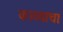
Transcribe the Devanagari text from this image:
काव्याचाः